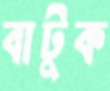
বাটুক